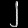
Digit: ၂